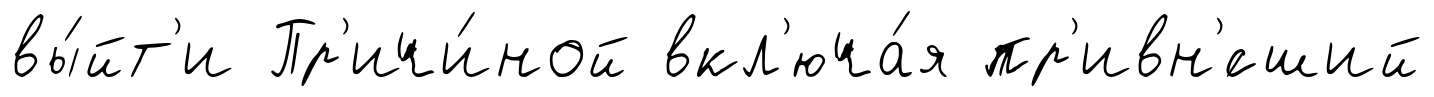
вы́йт'и Пр'ичи́ной вкл'юча́я пр'ивн'́сший